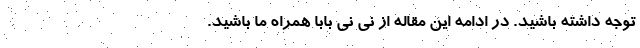
توجه داشته باشید. در ادامه این مقاله از نی نی بابا همراه ما باشید.